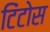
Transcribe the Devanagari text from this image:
टिंटोस